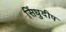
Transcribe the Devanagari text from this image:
सिंधुदीप